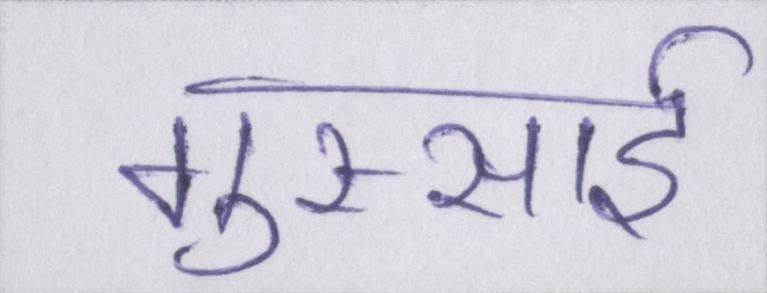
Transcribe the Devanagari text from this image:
गुस्साई